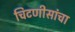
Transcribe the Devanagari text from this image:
चिटणीसांचा